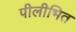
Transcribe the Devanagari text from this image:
पीलीभित